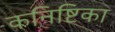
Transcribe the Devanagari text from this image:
कनिष्टिका